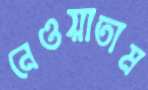
নেওয়াতাম